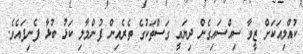
ކުއްލިއަކަށް ޒީވާ ސިއްސައިގެން ދިޔައީ ގަސްތަކުގެ ތެރެއިން ފުންމާލި ކަޅު ބުޅާ ފެނިފައެވެ.